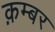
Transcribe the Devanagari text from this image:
क़म्बर